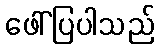
ဖေါ်ပြပါသည်